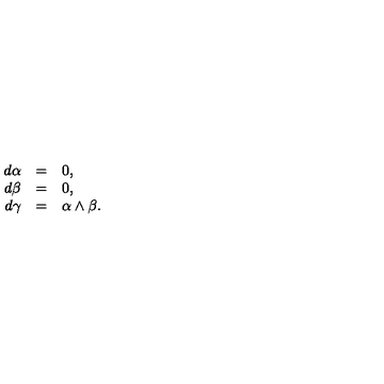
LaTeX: \begin{array} { r c l } { d \alpha } & { = } & { 0 , } \\ { d \beta } & { = } & { 0 , } \\ { d \gamma } & { = } & { \alpha \wedge \beta . } \\ \end{array}